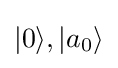
|0\rangle ,|a_{0}\rangle